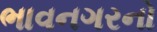
ભાવનગરનો